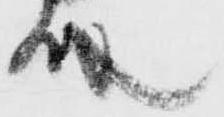
殿